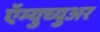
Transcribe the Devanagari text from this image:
ऍम्युच्युअर